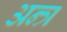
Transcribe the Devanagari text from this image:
अन्त्र